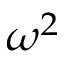
\omega ^ { 2 }